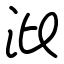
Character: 沘